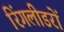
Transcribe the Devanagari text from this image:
रिंगलीडरों